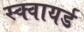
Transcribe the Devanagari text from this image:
स्क्वायर्ड